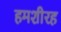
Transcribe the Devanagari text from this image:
हमशीरह